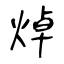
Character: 焯